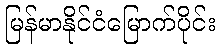
မြန်မာနိုင်ငံမြောက်ပိုင်း